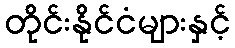
တိုင်းနိုင်ငံများနှင့်